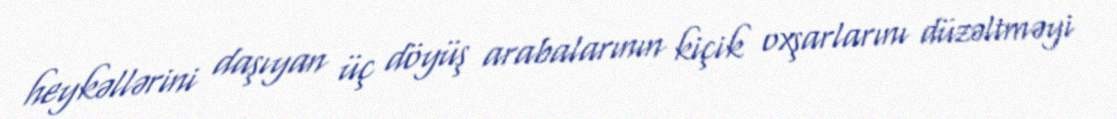
heykəllərini daşıyan üç döyüş arabalarının kiçik oxşarlarını düzəltməyi